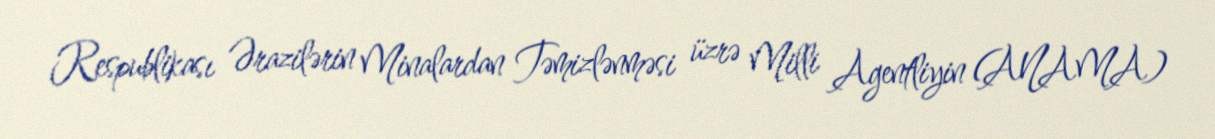
Respublikası Ərazilərin Minalardan Təmizlənməsi üzrə Milli Agentliyin (ANAMA)